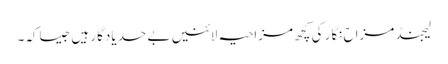
لیجنڈ مزاح نگار کی کچھ مزاحیہ لائنیں بے حد یادگار ہیں جیساکہ۔